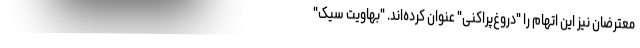
معترضان نیز این اتهام را "دروغ‌پراکنی" عنوان کرده‌اند. "بهاویت سیک"